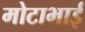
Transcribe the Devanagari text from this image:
मोटाभाई